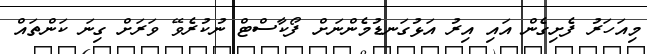
މިއަހަރު ފެށިގެން އައި އިރު އަޅުގަނޑުމެންނަށް ފޯކާސްޓް ނުކުރެވޭ ވަރަށް ގިނަ ކަންތައް